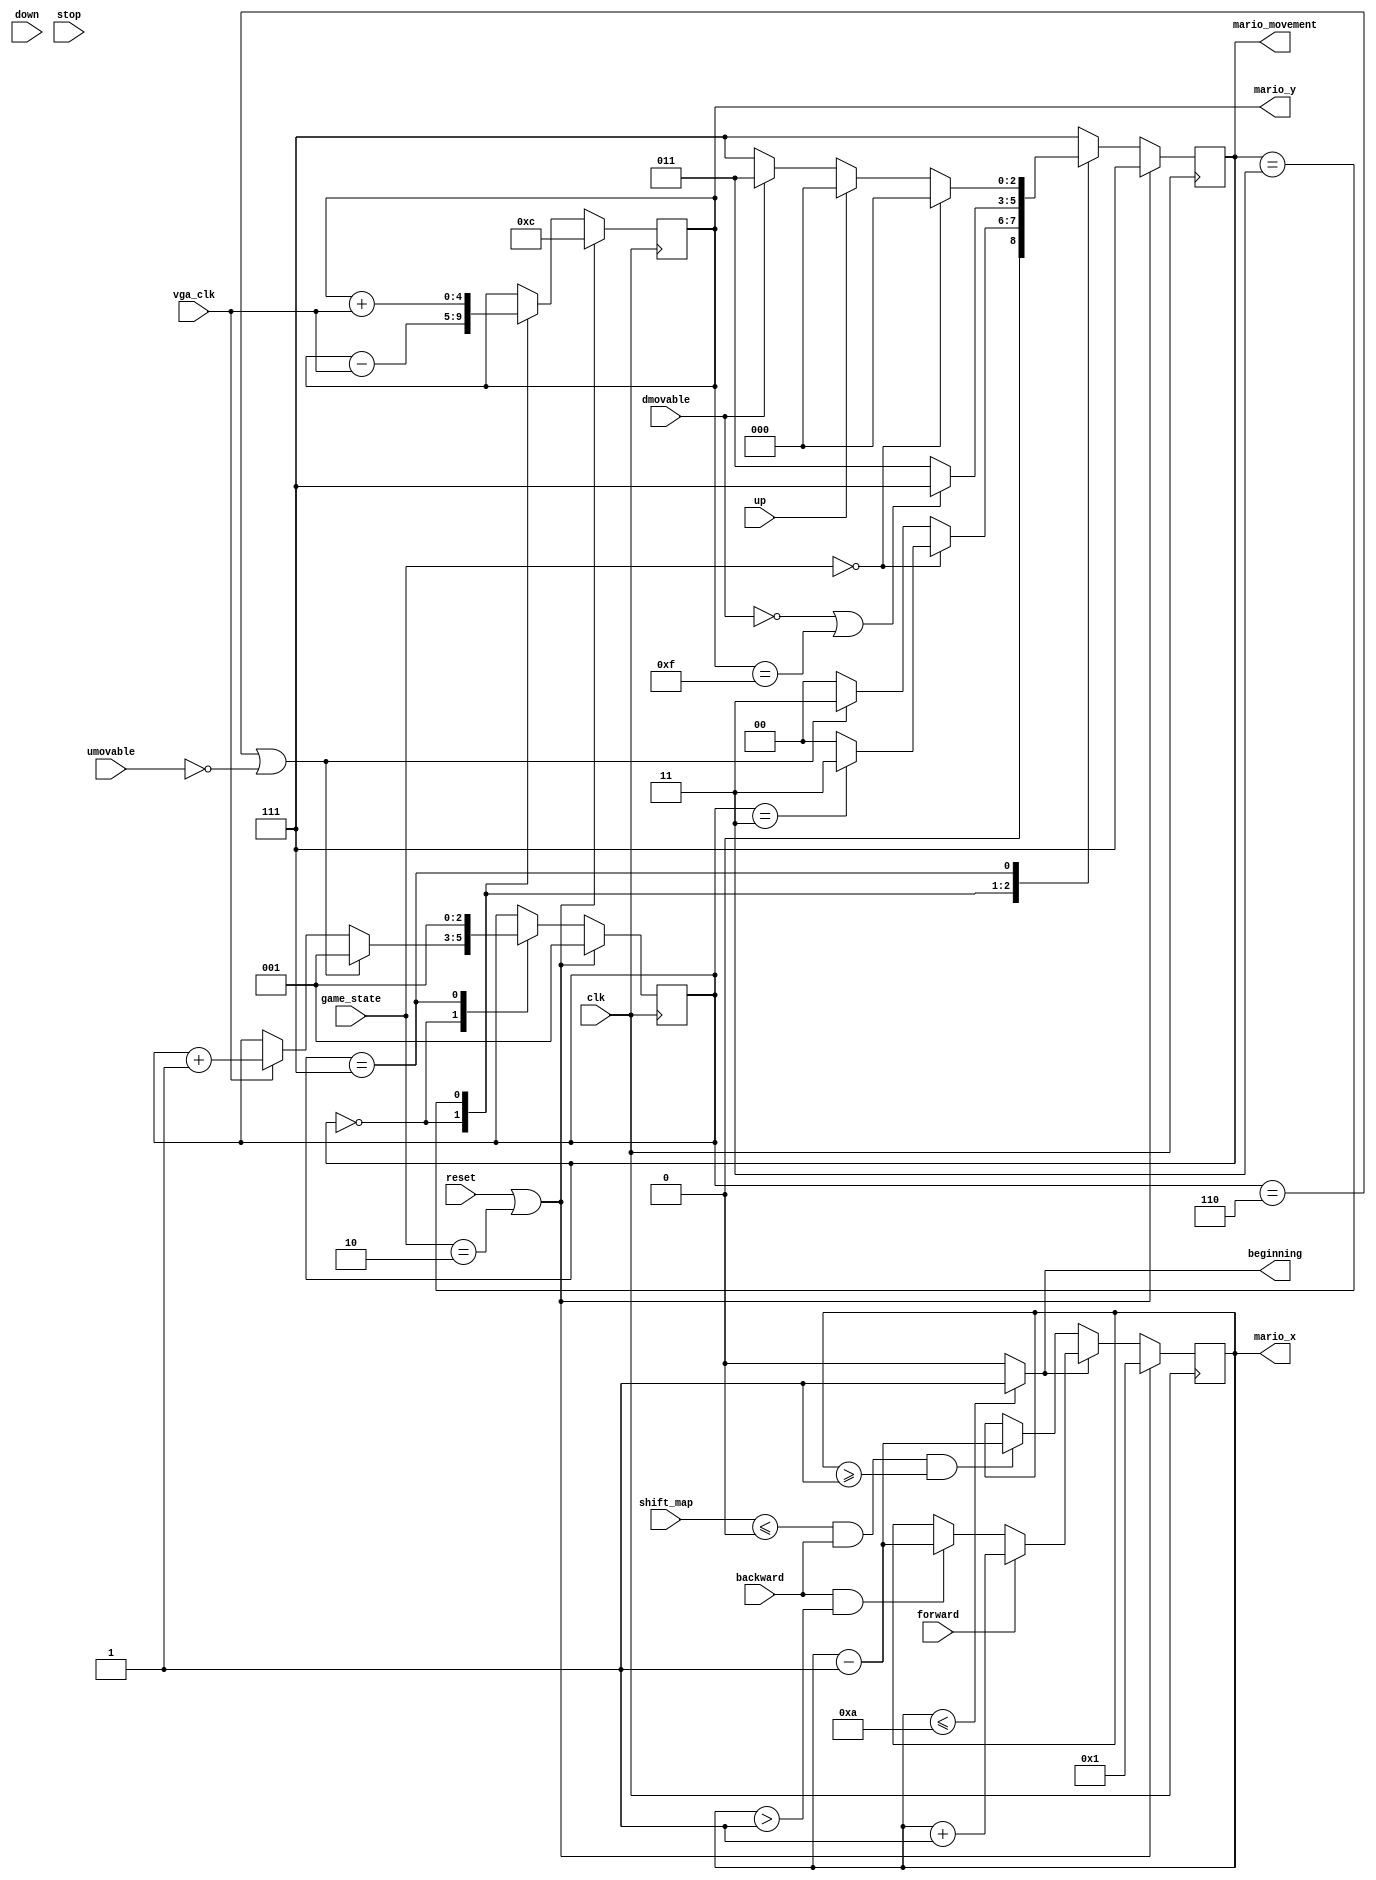
`timescale 1ns / 1ps
module mario_movement(
    input wire clk, reset,
    input wire umovable, dmovable,
    input wire up, input wire backward, input wire forward, input wire down, input wire stop,
    input wire [7:0] shift_map,
    input wire vga_clk,
    input wire [1:0] game_state,
    output reg beginning,
    output reg [2:0] mario_movement,
    output reg [4:0] mario_x, mario_y
);

    // mario's state
    parameter UP = 3'd0;
	parameter BACKWARD = 3'd1;
	parameter FORWARD = 3'd2;
	parameter DOWN = 3'd3;
	parameter UP_FORWARD = 3'd4;
	parameter UP_BACKWARD = 3'd5;
	parameter STOP = 3'd6;
	parameter OTHER = 3'd7;

	// game end, gaming
	parameter GAME_END = 2'd0;
	parameter GAME_ING = 2'd1;
	parameter GAME_START = 2'd2;

    // mario's position
	reg [4:0] mario_next_x;
	reg [4:0] mario_next_y;

    // up counter (at most 6)
	// down counter (at most 6)
	reg [2:0] up_counter, next_up_counter;

	// state
	reg [2:0] next_mario_movement;

    // mario_movement squential
	always @(posedge clk) begin
		if (reset || game_state == GAME_START) begin
			mario_movement <= OTHER;
		end
		else begin
			mario_movement <= next_mario_movement;
		end
	end

    // mario_movement transfer
	always @(*) begin
		case (mario_movement)
			UP: begin
				if (game_state == GAME_END) begin
					if (up_counter == 3) // or collision
						next_mario_movement = DOWN;
					else 
						next_mario_movement = UP;
				end
				else begin
					if (up_counter == 6 || !umovable) // or collision
						next_mario_movement = DOWN;
					else 
						next_mario_movement = UP;
				end
			end
			DOWN: begin
				if (!dmovable || mario_y == 15) // or collision
					next_mario_movement = OTHER;
				else 
					next_mario_movement = DOWN;			
			end
			OTHER: begin
				if (game_state == GAME_END) 
					next_mario_movement = UP;
				else if (up) 
					next_mario_movement = UP;
				else if (dmovable)
					next_mario_movement = DOWN;
				else 
					next_mario_movement = OTHER;
			end
			default: next_mario_movement = OTHER;
		endcase
	end

    // check can the map or mario move
	always @* begin
		if (beginning) begin
			if (forward) begin
				mario_next_x = mario_x + 1;
			end
			else if (backward && mario_x > 1) begin
				mario_next_x = mario_x - 1;
			end
			else mario_next_x = mario_x;
		end
		else if (shift_map <= 0 && backward && mario_x >= 1) begin
			mario_next_x = mario_x - 1;
		end
		else mario_next_x = mario_x;
	end

    always @* begin
		if (mario_x <= 10) begin
			beginning = 1;
		end
		else begin
			beginning = 0;
		end
	end

    always @(posedge clk) begin
		if (reset || game_state == GAME_START) begin
			mario_x <= 1;
			mario_y <= 12;
		end
		else begin
			mario_x <= mario_next_x;
			mario_y <= mario_next_y;
		end
	end

    // jump part 
	// up, down counter
	always @(posedge clk) begin
		if (reset || game_state == GAME_START) begin
			up_counter <= 1;
		end
		else begin
			up_counter <= next_up_counter;
		end
	end

	always @(*) begin
		case (mario_movement)
			UP: begin
				if (up_counter == 6 || !umovable) //or collision
					next_up_counter = 1;
				else 
					next_up_counter = (vga_clk == 1)? up_counter + 1 : up_counter;
			end
			DOWN: begin
				next_up_counter = up_counter;
			end
			OTHER: begin
				next_up_counter = 1;
			end
			default: begin
				next_up_counter = up_counter;
			end
		endcase
	end	

	always @* begin
		case (mario_movement)
			UP: begin
				mario_next_y = mario_y - vga_clk;
			end
			DOWN: begin
				mario_next_y = mario_y + vga_clk;
			end
			OTHER: begin
				mario_next_y = mario_y;
			end
			default: begin
				mario_next_y = mario_y;
			end
		endcase
	end

endmodule